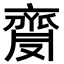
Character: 𪗅